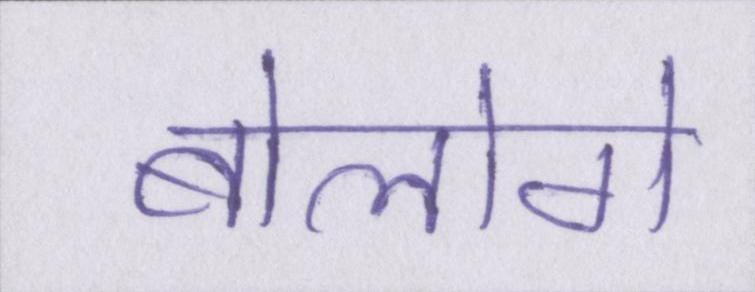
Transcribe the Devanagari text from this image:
बोलोगे